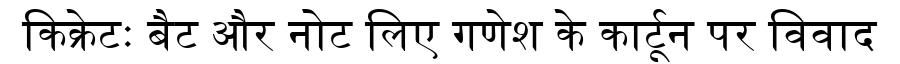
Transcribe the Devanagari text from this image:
किक्रेटः बैट और नोट लिए गणेश के कार्टून पर विवाद